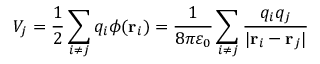
V _ { j } = { \frac { 1 } { 2 } } \sum _ { i \neq j } q _ { i } \phi ( \mathbf { r } _ { i } ) = { \frac { 1 } { 8 \pi \varepsilon _ { 0 } } } \sum _ { i \neq j } { \frac { q _ { i } q _ { j } } { | \mathbf { r } _ { i } - \mathbf { r } _ { j } | } }